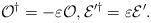
LaTeX: \begin{align*} {\cal O}^{\dagger} = - \varepsilon {\cal O}, {\cal E}^{\prime\dagger} = \varepsilon {\cal E}'.\end{align*}